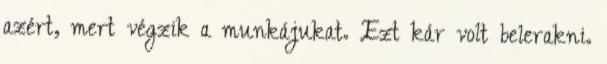
azért, mert végzik a munkájukat. Ezt kár volt belerakni.